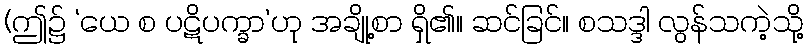
(ဤ၌ ‘ယေ စ ပဋိပက္ခာ’ဟု အချို့စာ ရှိ၏။ ဆင်ခြင်။ စသဒ္ဒါ လွန်သကဲ့သို့